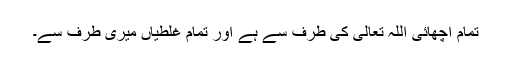
تمام اچھائی اللہ تعالیٰ کی طرف سے ہے اور تمام غلطیاں میری طرف سے۔